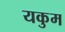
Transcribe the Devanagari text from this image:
यकुम